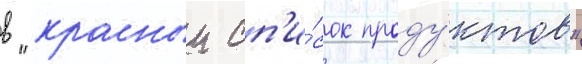
в "красныи сп'и́сок проду́ктов"